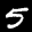
Label: 5